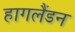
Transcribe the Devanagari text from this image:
हागलैंडन